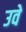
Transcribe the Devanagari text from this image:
उवे